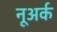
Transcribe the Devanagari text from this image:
नूअर्क